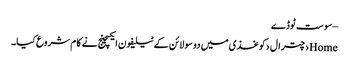
– سوست ٹوڈے
Home›چترال›کوغذی میں دو سو لائن کے ٹیلیفون ایکسچینج نے کا م شروع کیا۔